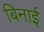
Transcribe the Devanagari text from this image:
बिनाई